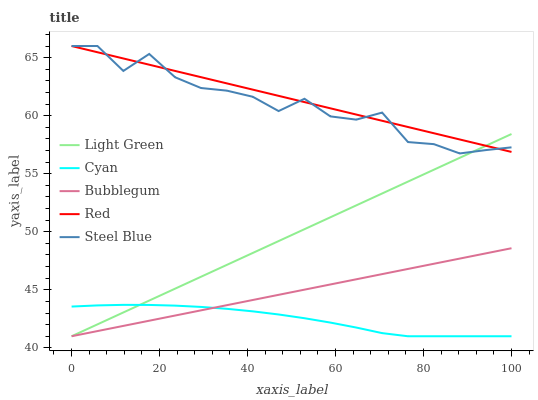
| xaxis_label | Light Green | Cyan | Bubblegum | Red | Steel Blue |
 | --- | --- | --- | --- | --- | --- |
 | 0 | 41 | 43.6 | 41 | 66 | 66 |
 | 5.88 | 42 | 43.7 | 41.4 | 65.5 | 66 |
 | 11.8 | 43 | 43.7 | 41.9 | 64.9 | 63.9 |
 | 17.6 | 44.1 | 43.7 | 42.3 | 64.4 | 65.3 |
 | 23.5 | 45.1 | 43.6 | 42.8 | 63.9 | 63.3 |
 | 29.4 | 46.1 | 43.5 | 43.2 | 63.3 | 62.4 |
 | 35.3 | 47.1 | 43.4 | 43.7 | 62.8 | 62.2 |
 | 41.2 | 48.2 | 43.1 | 44.1 | 62.2 | 61.6 |
 | 47.1 | 49.2 | 42.9 | 44.6 | 61.7 | 60.4 |
 | 52.9 | 50.2 | 42.6 | 45 | 61.2 | 61.5 |
 | 58.8 | 51.2 | 42.2 | 45.5 | 60.6 | 59.9 |
 | 64.7 | 52.3 | 41.8 | 45.9 | 60.1 | 59.7 |
 | 70.6 | 53.3 | 41.3 | 46.4 | 59.6 | 60.3 |
 | 76.5 | 54.3 | 41 | 46.8 | 59 | 57.7 |
 | 82.4 | 55.3 | 41 | 47.2 | 58.5 | 57.5 |
 | 88.2 | 56.4 | 41 | 47.7 | 58 | 56.7 |
 | 94.1 | 57.4 | 41 | 48.1 | 57.4 | 57 |
 | 100 | 58.4 | 41 | 48.6 | 56.9 | 57.3 |